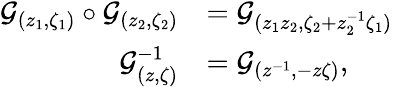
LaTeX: \begin{array}{rl}{\mathcal{G}_{(z_{1},\zeta_{1})}\circ\mathcal{G}_{(z_{2},\zeta_{2})}}&{=\mathcal{G}_{(z_{1}z_{2},\zeta_{2}+z_{2}^{-1}\zeta_{1})}}\\ {\mathcal{G}_{(z,\zeta)}^{-1}}&{=\mathcal{G}_{(z^{-1},-z\zeta)},}\end{array}